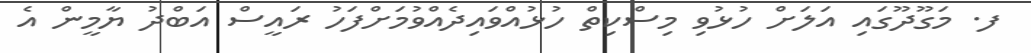
ފ. މަގޫދޫގައި އަލަށް ހުޅުުވި މިސްކިތް ހުޅުއްވައިދެއްވުމަށްފަހު ރައީސް އަބްދު ޔާމީން އެ